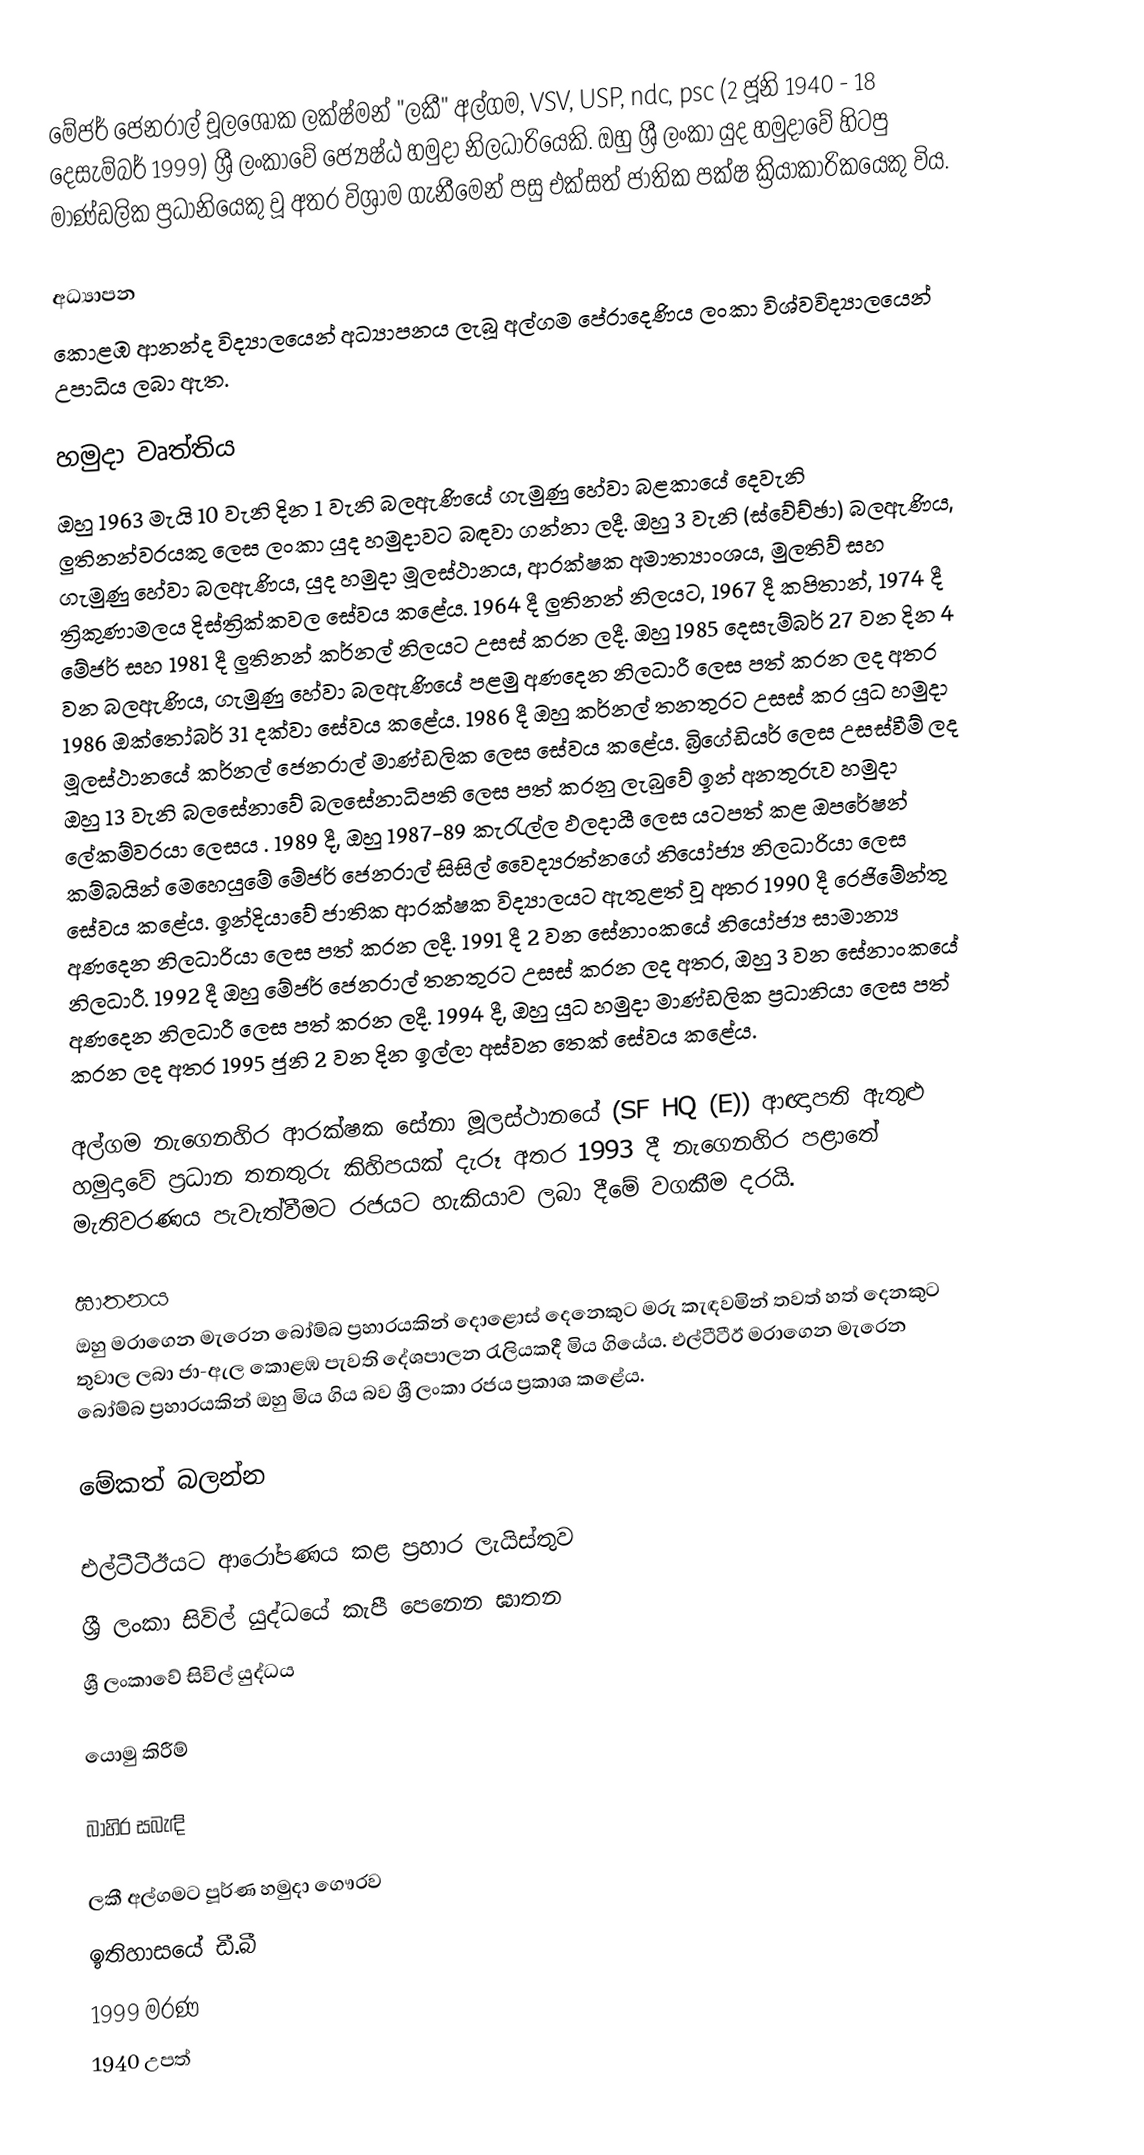
මේජර් ජෙනරාල් චූලශෝක ලක්ෂ්මන් "ලකී" අල්ගම, VSV, USP, ndc, psc (2 ජූනි 1940 - 18 දෙසැම්බර් 1999) ශ්‍රී ලංකාවේ ජ්‍යෙෂ්ඨ හමුදා නිලධාරියෙකි. ඔහු ශ්‍රී ලංකා යුද හමුදාවේ හිටපු මාණ්ඩලික ප්‍රධානියෙකු වූ අතර විශ්‍රාම ගැනීමෙන් පසු එක්සත් ජාතික පක්ෂ ක්‍රියාකාරිකයෙකු විය.

අධ්‍යාපන
කොළඹ ආනන්ද විද්‍යාලයෙන් අධ්‍යාපනය ලැබූ අල්ගම පේරාදෙණිය ලංකා විශ්වවිද්‍යාලයෙන් උපාධිය ලබා ඇත.

හමුදා වෘත්තිය
ඔහු 1963 මැයි 10 වැනි දින 1 වැනි බලඇණියේ ගැමුණු හේවා බළකායේ දෙවැනි ලුතිනන්වරයකු ලෙස ලංකා යුද හමුදාවට බඳවා ගන්නා ලදී. ඔහු 3 වැනි (ස්වේච්ඡා) බලඇණිය, ගැමුණු හේවා බලඇණිය, යුද හමුදා මූලස්ථානය, ආරක්ෂක අමාත්‍යාංශය, මුලතිව් සහ ත්‍රිකුණාමලය දිස්ත්‍රික්කවල සේවය කළේය. 1964 දී ලුතිනන් නිලයට, 1967 දී කපිතාන්, 1974 දී මේජර් සහ 1981 දී ලුතිනන් කර්නල් නිලයට උසස් කරන ලදී. ඔහු 1985 දෙසැම්බර් 27 වන දින 4 වන බලඇණිය, ගැමුණු හේවා බලඇණියේ පළමු අණදෙන නිලධාරී ලෙස පත් කරන ලද අතර 1986 ඔක්තෝබර් 31 දක්වා සේවය කළේය. 1986 දී ඔහු කර්නල් තනතුරට උසස් කර යුධ හමුදා මූලස්ථානයේ කර්නල් ජෙනරාල් මාණ්ඩලික ලෙස සේවය කළේය. බ්‍රිගේඩියර් ලෙස උසස්වීම් ලද ඔහු 13 වැනි බලසේනාවේ බලසේනාධිපති ලෙස පත් කරනු ලැබුවේ ඉන් අනතුරුව හමුදා ලේකම්වරයා ලෙසය . 1989 දී, ඔහු 1987-89 කැරැල්ල ඵලදායී ලෙස යටපත් කළ ඔපරේෂන් කම්බයින් මෙහෙයුමේ මේජර් ජෙනරාල් සිසිල් වෛද්‍යරත්නගේ නියෝජ්‍ය නිලධාරියා ලෙස සේවය කළේය. ඉන්දියාවේ ජාතික ආරක්ෂක විද්‍යාලයට ඇතුළත් වූ අතර 1990 දී රෙජිමේන්තු අණදෙන නිලධාරියා ලෙස පත් කරන ලදී. 1991 දී 2 වන සේනාංකයේ නියෝජ්‍ය සාමාන්‍ය නිලධාරී. 1992 දී ඔහු මේජර් ජෙනරාල් තනතුරට උසස් කරන ලද අතර, ඔහු 3 වන සේනාංකයේ අණදෙන නිලධාරී ලෙස පත් කරන ලදී. 1994 දී, ඔහු යුධ හමුදා මාණ්ඩලික ප්‍රධානියා ලෙස පත් කරන ලද අතර 1995 ජුනි 2 වන දින ඉල්ලා අස්වන තෙක් සේවය කළේය.

අල්ගම නැගෙනහිර ආරක්ෂක සේනා මූලස්ථානයේ (SF HQ (E)) ආඥාපති ඇතුළු හමුදාවේ ප්‍රධාන තනතුරු කිහිපයක් දැරූ අතර 1993 දී නැගෙනහිර පළාතේ මැතිවරණය පැවැත්වීමට රජයට හැකියාව ලබා දීමේ වගකීම දරයි.

ඝාතනය
ඔහු මරාගෙන මැරෙන බෝම්බ ප්‍රහාරයකින් දොළොස් දෙනෙකුට මරු කැඳවමින් තවත් හත් දෙනකුට තුවාල ලබා ජා-ඇල කොළඹ පැවති දේශපාලන රැලියකදී මිය ගියේය. එල්ටීටීඊ මරාගෙන මැරෙන බෝම්බ ප්‍රහාරයකින් ඔහු මිය ගිය බව ශ්‍රී ලංකා රජය ප්‍රකාශ කළේය.

මේකත් බලන්න

 එල්ටීටීඊයට ආරෝපණය කළ ප්‍රහාර ලැයිස්තුව
 ශ්‍රී ලංකා සිවිල් යුද්ධයේ කැපී පෙනෙන ඝාතන
 ශ්‍රී ලංකාවේ සිවිල් යුද්ධය

යොමු කිරීම්

බාහිර සබැඳි

 ලකී අල්ගමට පූර්ණ හමුදා ගෞරව
 ඉතිහාසයේ ඩී.බී
1999 මරණ
1940 උපත්